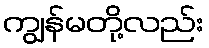
ကျွန်မတို့လည်း